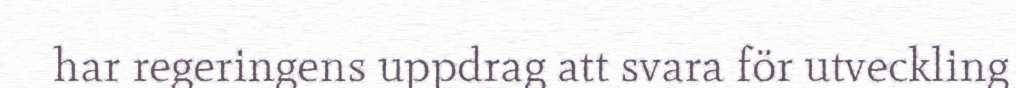
har regeringens uppdrag att svara för utveckling